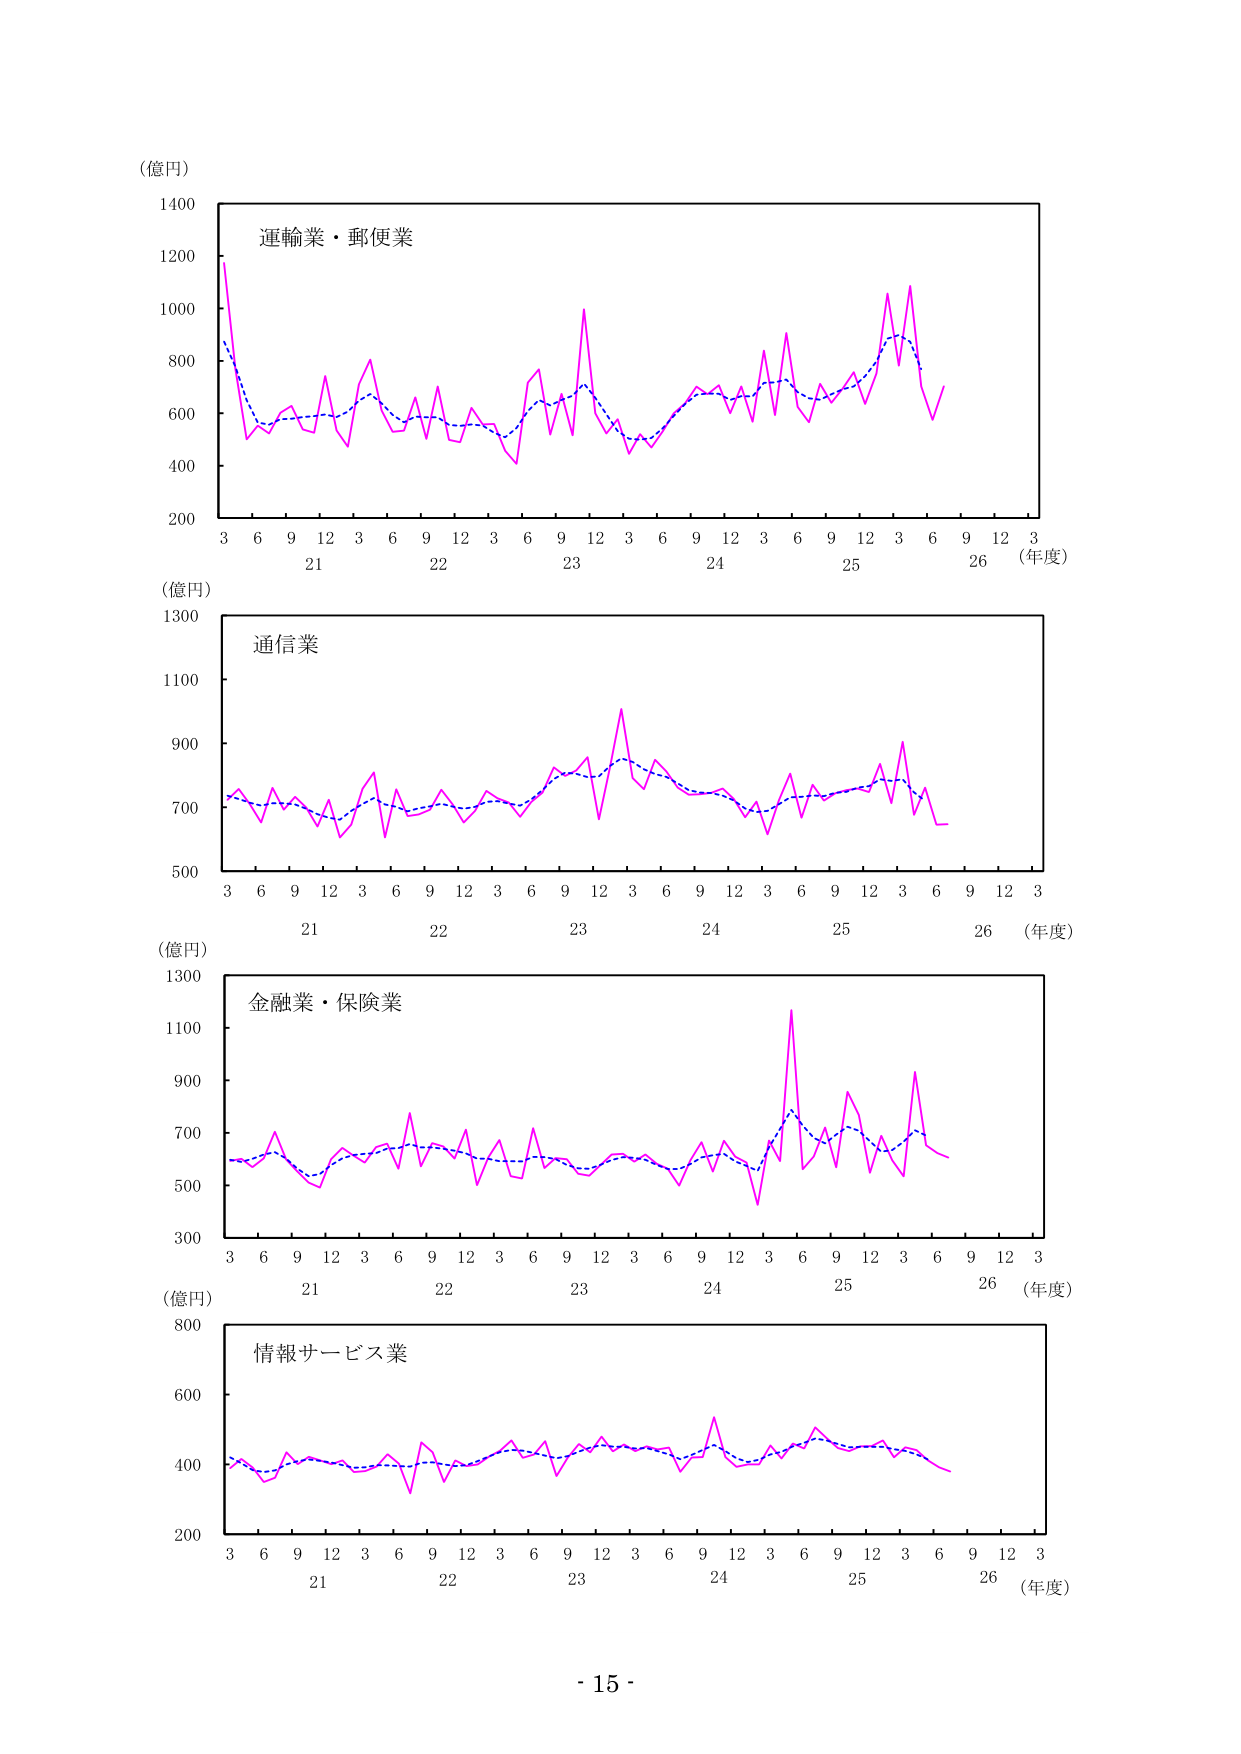
（億円）
1400
1200
1000
800
600
400
200
運輸業・郵便業
3 6 9 12 3 6 9 12 3 6 9 12 3 6 9 12 3 6 9 12 3
21 22 23 24 25 26 （年度）
（億円）
1300
1100
900
700
500
通信業
3 6 9 12 3 6 9 12 3 6 9 12 3 6 9 12 3 6 9 12 3
21 22 23 24 25 26 （年度）
（億円）
1300
1100
900
700
500
300
金融業・保険業
3 6 9 12 3 6 9 12 3 6 9 12 3 6 9 12 3 6 9 12 3
21 22 23 24 25 26 （年度）
（億円）
800
600
400
200
情報サービス業
3 6 9 12 3 6 9 12 3 6 9 12 3 6 9 12 3 6 9 12 3
21 22 23 24 25 26 （年度）
- 15 -